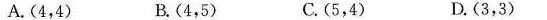
A.(4，4) B.(4，5) C.(5，4) D.(3，3)